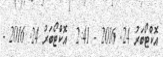
އޮކްޓޯބަރު 24